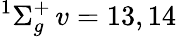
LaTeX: ^1\Sigma_{g}^{+}\, v=13,14